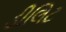
ડીલિટ